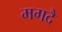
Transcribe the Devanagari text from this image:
मगदै